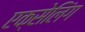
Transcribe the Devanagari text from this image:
एक्सेलिंग